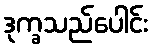
ဒုက္ခသည်ပေါင်း